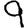
Digit: 9